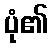
ပုံ၏